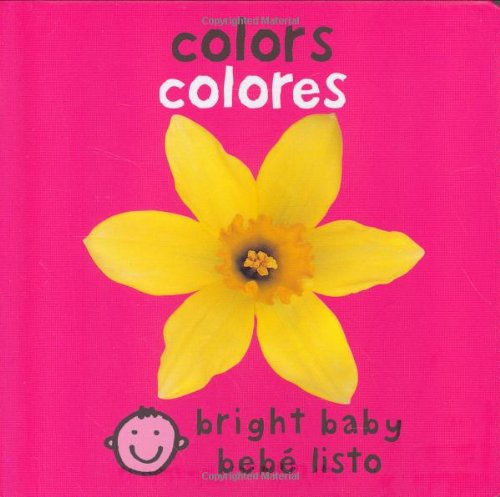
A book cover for Bilingual Bright Baby Colors (Spanish Edition); Roger Priddy; Children's Books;